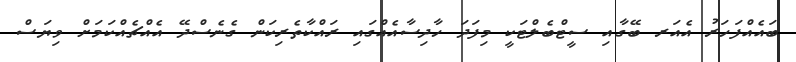
ބައެއްފަހަރު އެއަރ ބޭގާއި ސީޓްބެލްޓަކީ މިފަދަ ހާދިސާއެއްގައި ރައްކާތެރިކަން ގެނެސްދޭ އެއްޗެއްކަމަށް ވިޔަސް